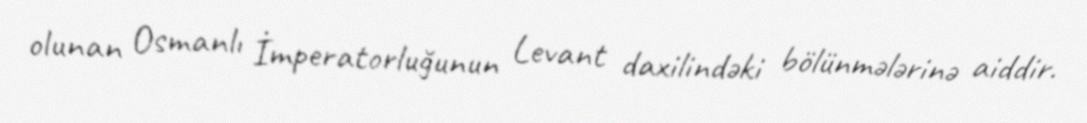
olunan Osmanlı İmperatorluğunun Levant daxilindəki bölünmələrinə aiddir.